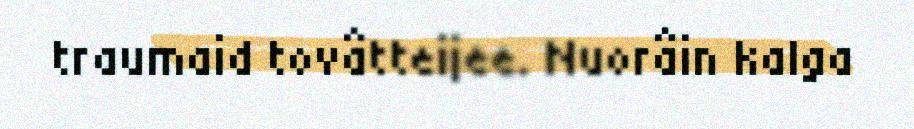
traumaid tovâtteijee. Nuorâin kalga